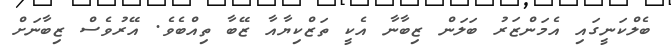
ބެލްކަނީގައި އެމަންޒަރު ބަލަން ޒިބާނާ އެކީ ތަޒްކިޔާއާ ޒޭބާ ތިއްބެވެ. އޭރުވެސް ޒިބާނަށް